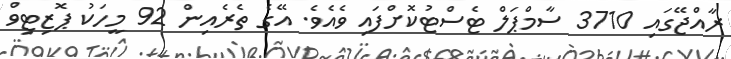
ރާއްޖޭގައި 3710 ސާމްޕަލް ޓެސްޓުކޮށްފައި ވެއެވެ. އޭގެ ތެރެއިން 92 މީހަކު ޕޮޒިޓިވް